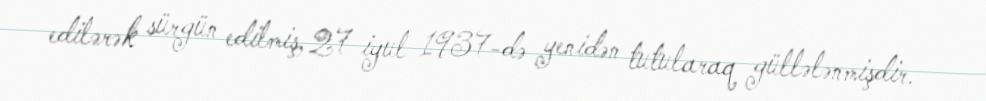
edilərək sürgün edilmiş, 27 iyul 1937-də yenidən tutularaq güllələnmişdir.